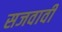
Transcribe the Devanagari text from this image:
सजवावी